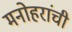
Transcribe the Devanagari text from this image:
मनोहरांची